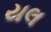
યલ